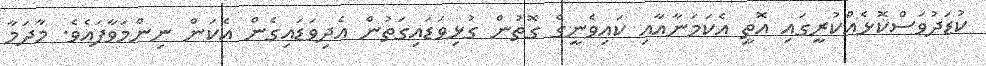
ކުޑަދުވަސްކޮޅެއްކުރީގައި އޮތީ އެކަމަނާއާއި ކައިވެނީގެ ގޮތުން ގުޅިވަޑައިގަތުން އެދިވަޑައިގެން އެކަން ނިންމަވާފައެވެ. މާދަމާ